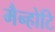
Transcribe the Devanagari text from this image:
मैन्होटि